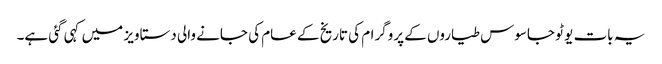
یہ بات یو ٹو جاسوس طیاروں کے پروگرام کی تاریخ کے عام کی جانے والی دستاویز میں کہی گئی ہے۔